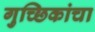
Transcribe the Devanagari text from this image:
गुच्छिकांचा